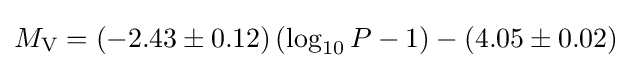
M_{\mathrm {V} }=(-2.43\pm 0.12)\left(\log _{10}P-1\right)-(4.05\pm 0.02)